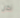
نحن